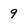
Character: 9